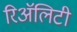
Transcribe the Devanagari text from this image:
रिअॅलिटी